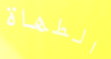
الطهاة